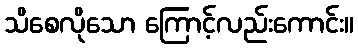
သိစေလိုသော ကြောင့်လည်းကောင်း။